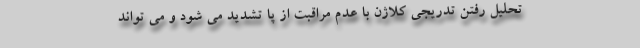
تحلیل رفتن تدریجی کلاژن با عدم مراقبت از پا تشدید می شود و می تواند